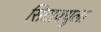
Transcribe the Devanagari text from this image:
सिटाक्युला